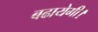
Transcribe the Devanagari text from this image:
बढायेगी।